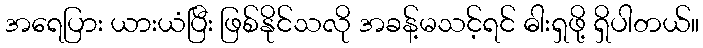
အရေပြား ယားယံပြီး ဖြစ်နိုင်သလို အခန့်မသင့်ရင် ဓါးရှဖို့ ရှိပါတယ်။